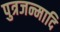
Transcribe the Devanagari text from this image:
पुत्रजन्मादि